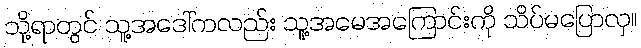
သို့ရာတွင် သူ့အဒေါ်ကလည်း သူ့အမေအကြောင်းကို သိပ်မပြောလှ။